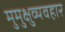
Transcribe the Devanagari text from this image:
मुमुक्षुव्यवहार